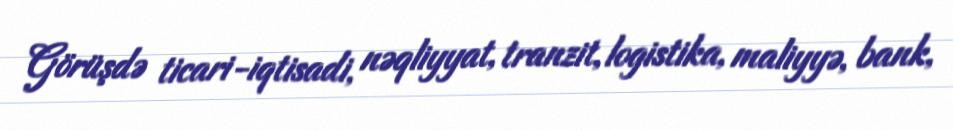
Görüşdə ticari-iqtisadi, nəqliyyat, tranzit, logistika, maliyyə, bank,